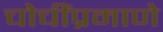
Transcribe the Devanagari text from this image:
चोचींप्रमाणे